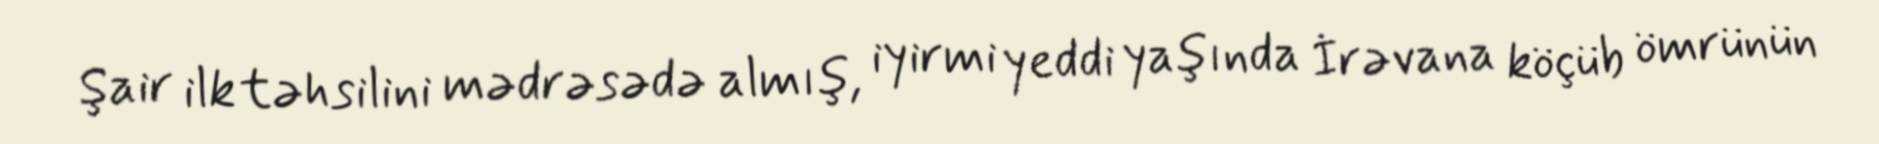
Şair ilk təhsilini mədrəsədə almış, iyirmi yeddi yaşında İrəvana köçüb ömrünün